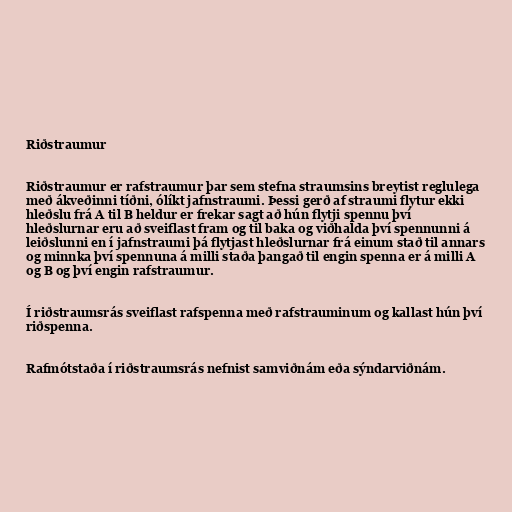
Riðstraumur

Riðstraumur er rafstraumur þar sem stefna straumsins breytist reglulega
með ákveðinni tíðni, ólíkt jafnstraumi. Þessi gerð af straumi flytur ekki
hleðslu frá A til B heldur er frekar sagt að hún flytji spennu því
hleðslurnar eru að sveiflast fram og til baka og viðhalda því spennunni á
leiðslunni en í jafnstraumi þá flytjast hleðslurnar frá einum stað til annars
og minnka því spennuna á milli staða þangað til engin spenna er á milli A
og B og því engin rafstraumur.

Í riðstraumsrás sveiflast rafspenna með rafstrauminum og kallast hún því
riðspenna.

Rafmótstaða í riðstraumsrás nefnist samviðnám eða sýndarviðnám.